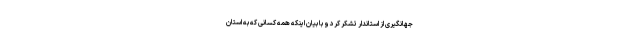
جهانگیری از استاندار تشکر کرد و با بیان اینکه همه کسانی که به استان